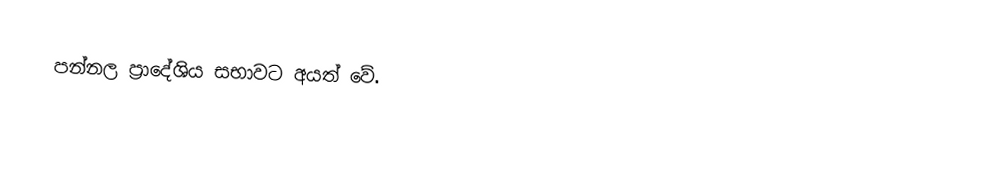
පන්නල ප්‍රාදේශිය සභාවට අයත් වේ.